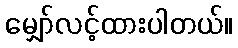
မျှော်လင့်ထားပါတယ်။